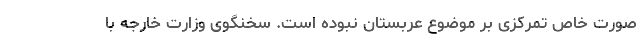
صورت خاص تمرکزی بر موضوع عربستان نبوده است. سخنگوی وزارت خارجه با